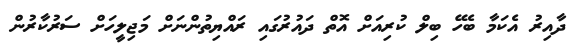
ދާއިރު އެކަމާ ބެހޭ ބިލް ކުރިއަށް އޮތް ދައުރުގައި ރައްޔިތުންނަށް މަޖިލީހަށް ސަރުކާރުން